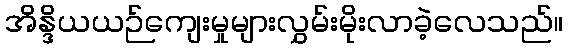
အိန္ဒိယယဉ်ကျေးမှုများလွှမ်းမိုးလာခဲ့လေသည်။